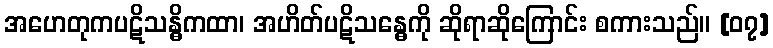
အဟေတုကပဋိသန္ဓိကထာ၊ အဟိတ်ပဋိသန္ဓေကို ဆိုရာဆိုကြောင်း စကားသည်။ [၀၇]